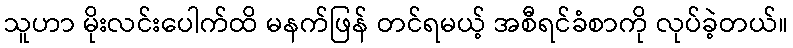
သူဟာ မိုးလင်းပေါက်ထိ မနက်ဖြန် တင်ရမယ့် အစီရင်ခံစာကို လုပ်ခဲ့တယ်။